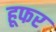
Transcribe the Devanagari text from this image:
हूफर